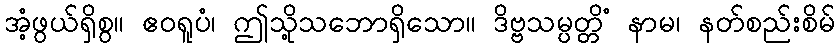
အံ့ဖွယ်ရှိစွ။ ဧဝရူပံ၊ ဤသို့သဘောရှိသော။ ဒိဗ္ဗသမ္ပတ္တိံ နာမ၊ နတ်စည်းစိမ်